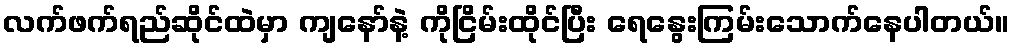
လက်ဖက်ရည်ဆိုင်ထဲမှာ ကျနော်နဲ့ ကိုငြိမ်းထိုင်ပြီး ရေနွေးကြမ်းသောက်နေပါတယ်။